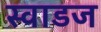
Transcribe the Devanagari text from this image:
स्वाडज